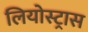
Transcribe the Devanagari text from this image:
लियोस्ट्रास